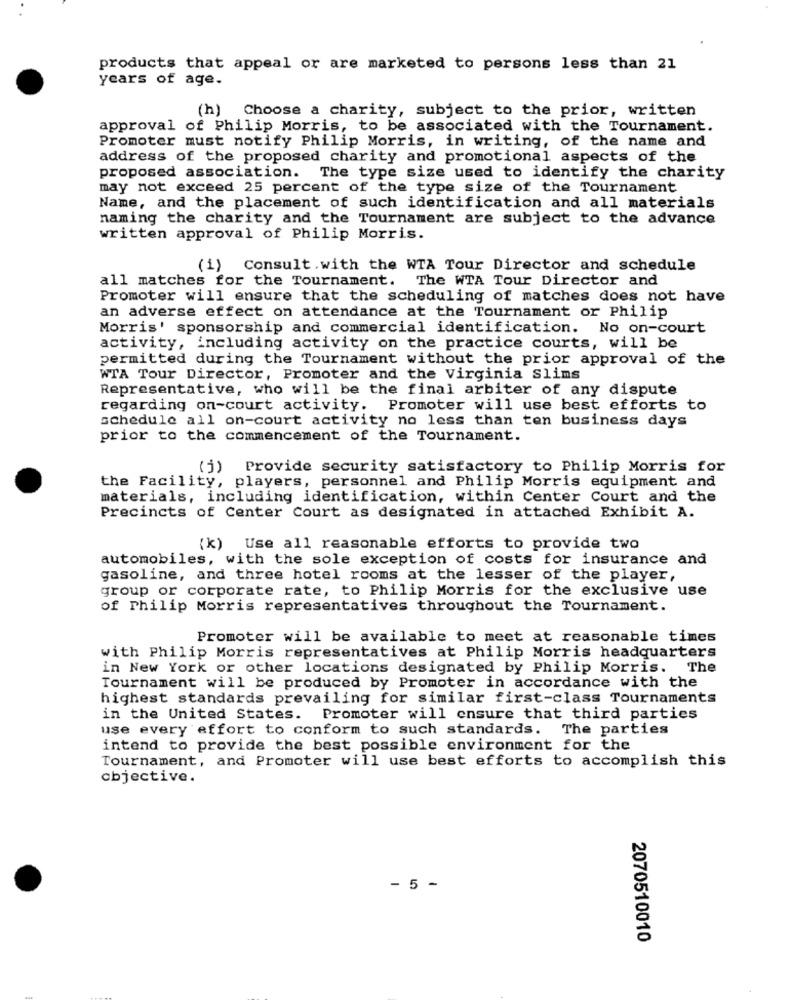
products that appeal or are marketed to persons less than 21
years of age.
(h) Choose a charity, subject to the prior, written
approval of Philip Morris, to be associated with the Tournament.
Promoter must notify Philip Morris, in writing, of the name and
address of the proposed charity and promotional aspects of the
proposed association. The type size used to identify the charity
may not exceed 25 percent of the type size of the Tournament
Name, and the placement of such identification and all materials
naming the charity and the Tournament are subject to the advance
written approval of Philip Morris.
(i) Consult. with the WTA Tour Director and schedule
all matches for the Tournament. The WTA Tour Director and
Promoter will ensure that the scheduling of matches does not have
an adverse effect on attendance at the Tournament or Philip
Morris' sponsorship and commercial identification. No on-court
activity, including activity on the practice courts, will be
permitted during the Tournament without the prior approval of the
WTA Tour Director, Promoter and the Virginia Slims
Representative, who will be the final arbiter of any dispute
regarding on-court activity. Promoter will use best efforts to
schedule all on-court activity no less than ten business days
prior to the commencement of the Tournament.
(j) Provide security satisfactory to Philip Morris for
the Facility, players, personnel and Philip Morris equipment and
materials, including identification, within Center Court and the
Precincts of Center Court as designated in attached Exhibit A.
(k)
Use all reasonable efforts to provide two
automobiles, with the sole exception of costs for insurance and
gasoline, and three hotel rooms at the lesser of the player,
group or corporate rate, to Philip Morris for the exclusive use
of Philip Morris representatives throughout the Tournament.
Promoter will be available to meet at reasonable times
with Philip Morris representatives at Philip Morris headquarters
in New York or other locations designated by Philip Morris. The
Tournament will be produced by Promoter in accordance with the
highest standards prevailing for similar first-class Tournaments
in the United States. Promoter will ensure that third parties
use every effort to conform to such standards. The parties
intend to provide the best possible environment for the
Tournament, and Promoter will use best efforts to accomplish this
objective.
- 5 -
2070510010